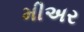
મીઅર